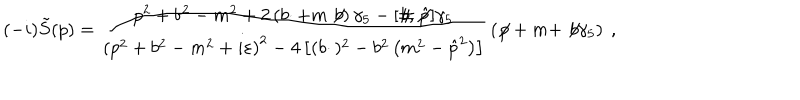
( - i ) \tilde { S } ( p ) = { \frac { p ^ { 2 } + b ^ { 2 } - m ^ { 2 } + 2 \left( b \cdotp + m \not \! b \right) \gamma _ { 5 } - [ \not \! b , \not \! { \hat { p } } ] \gamma _ { 5 } } { \left( p ^ { 2 } + b ^ { 2 } - m ^ { 2 } + i \varepsilon \right) ^ { 2 } - 4 \left[ ( b \cdotp ) ^ { 2 } - b ^ { 2 } \left( m ^ { 2 } - \hat { p } ^ { 2 } \right) \right] } } \left( \not \! p + m + \not \! b \gamma _ { 5 } \right) \ ,